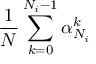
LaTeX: { \frac { 1 } { N } } \sum _ { k = 0 } ^ { N _ { i } - 1 } \alpha _ { N _ { i } } ^ { k }